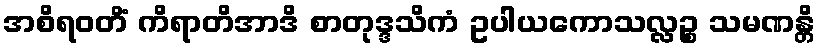
အစိရဝတိံ ကိရာတိအာဒိ စာတုဒ္ဒသိကံ ဥပါယကောသလ္လဉ္စ သမဏန္တိ